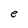
Character: e